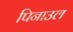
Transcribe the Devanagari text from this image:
पिनाउल